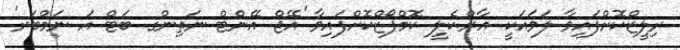
ރިލީޒްކޮށްފައިވާ ލަވައަކީ އާރް.ކެލީ ކޮމްޕޯޒްކޮށްފައިވާ 'އޭޖް އޭންޓް ނަތިންގ ބަޓް އަ ނަމްބަރ'